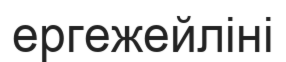
ергежейліні